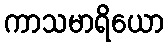
ကာသမာရိယော